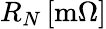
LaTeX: R_{N}\, [\mathrm{m}\Omega]